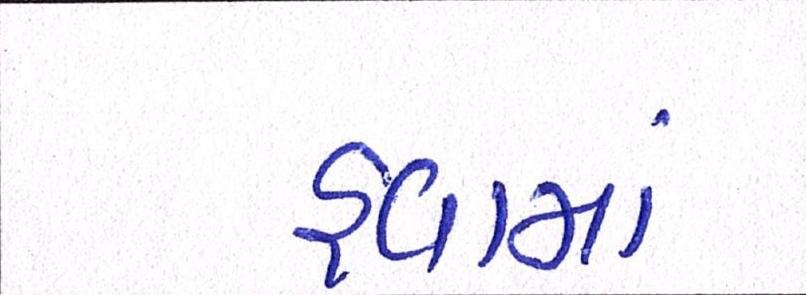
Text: હવામાં